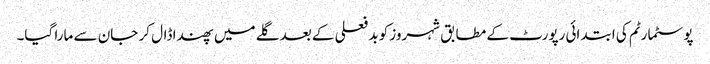
پوسٹمارٹم کی ابتدائی رپورٹ کے مطابق شہروز کو بد فعلی کے بعد گلے میں پھندا ڈال کر جان سے مارا گیا۔